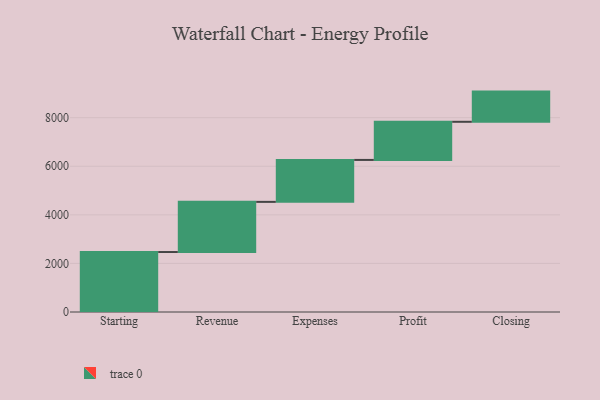
{"axis": {"x": "Step", "y": "Value"}, "legend": [""], "data": [{"x": "Starting", "y": 2469.0, "type": ""}, {"x": "Revenue", "y": 2065.0, "type": ""}, {"x": "Expenses", "y": 1727.0, "type": ""}, {"x": "Profit", "y": 1570.0, "type": ""}, {"x": "Closing", "y": 1243.0, "type": ""}]}